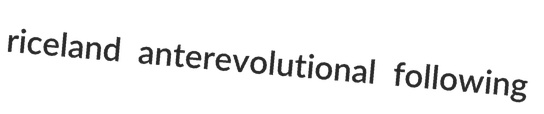
riceland anterevolutional following